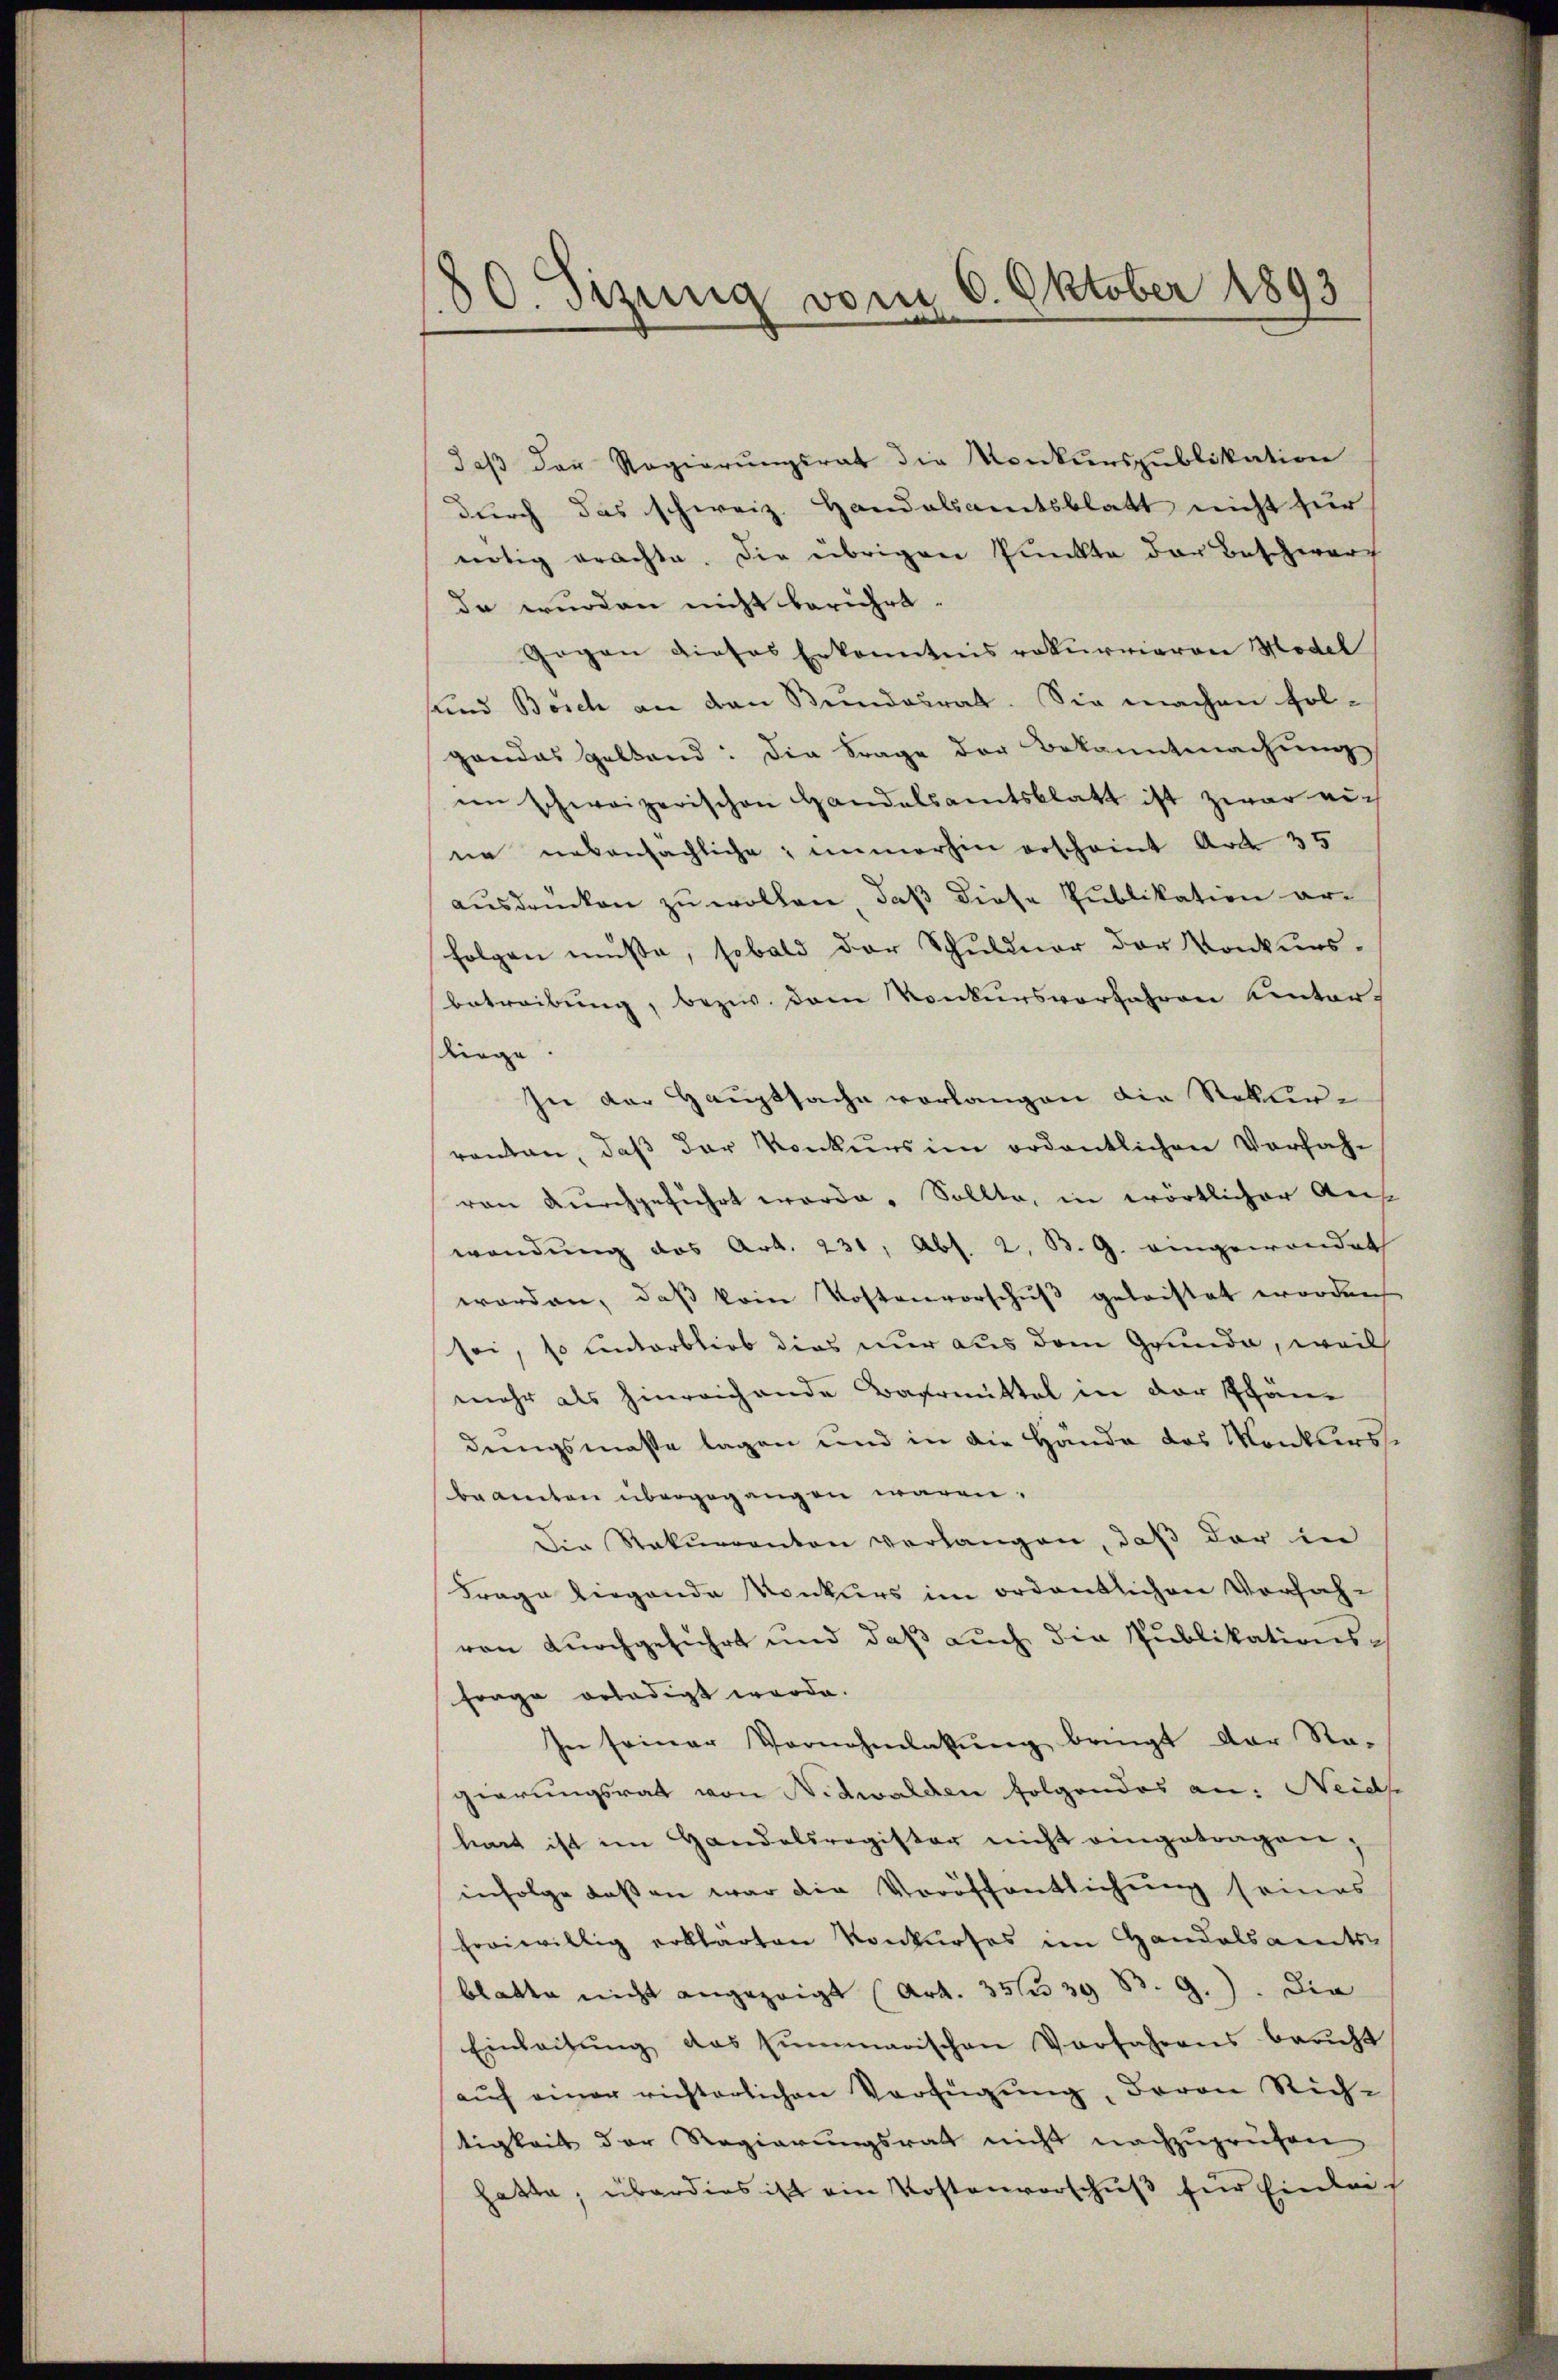
80. Sizung vom 6. Oktober 1893

daβ der Regierungsrat die Konkurspublikation
durch das schweiz. Handalsamtsblatt nicht für
nötig erachte. Die übrigen Punkte der Beschwerf
da wurden nicht berührt.
Gegen dieses Erkenntnis rekurrieren Model
und Bosch an den Bundesrat. Sie machen fol-
gandas geltend: die Frage der Bekanntmachung
im schweizerischen Handelsamtsblatt ist zwar nich
ne nebensächliche immerhin erscheint Art. 35
ausdrücken zu wollen, daß diese Publikation arfolgen müsse, sobald der Schuldner der Konkurs-
betreibung, bezw. dem Konkursvorfahren unterliege.
In der Hauptsache vorlangen die Rekurranten, daß der Konkurs im ordentlichen Verfahvon durchgeführt worde. Sollte, in wörtlicher Auswendung das Art. 231, Abs. 2. B. G. eingewendet
worden, daβ kein Kostenvorschŭβ geleistet worden
sei, so unterblieb dies nur aus dem Grunde, weil
mehr als hinreichende Baarmittel in der Phändungsmaße lagen und in die Hände des Monkersbeamten übergegangen wären.
Die Rekurrenten verlangen, daß der in
Frage liegende Konkurs im ordentlichen Vorfahvon durchgeführt und daβ aŭch die Publikationsforge erledigt werde.
In seiner Vornehmlakŭng bringt der Ra-
gierungsrat von Nidwalden folgendes an: Neidse
hart ist im Handelsregister nicht eingetragen,
infolge laßen war die Veröffentlichung seines
froiwillig erklärten Konkurses im Handelsamts-
blatte nicht angezeigt (Art. 351239 B. G.). Die
Einleitŭng das summarischen Verfahrens bericht
aŭf einer richterlichen Verfügŭng, Baron Rich-
tigkeit der Regierungsrath nicht nachzuprüfen
hatte; überdies ist ein Kostenvorschuß für Einlei¬